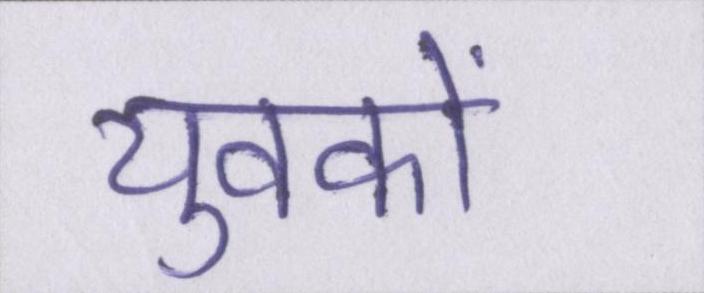
युवकों